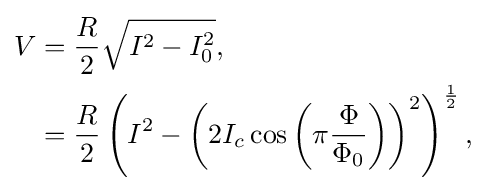
{\begin{aligned}V&={\frac {R}{2}}{\sqrt {I^{2}-I_{0}^{2}}},\\&={\frac {R}{2}}\left(I^{2}-\left(2I_{c}\cos \left(\pi {\frac {\Phi }{\Phi _{0}}}\right)\right)^{2}\right)^{\frac {1}{2}},\end{aligned}}